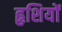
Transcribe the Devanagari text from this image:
हृशियों